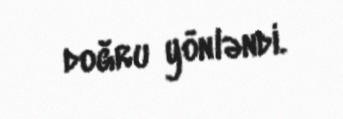
doğru yönləndi.